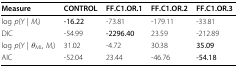
| Measure | CONTROL | FF.C1.OR.1 | FF.C1.OR.2 | FF.C1.OR.3 |
 | --- | --- | --- | --- | --- |
 | log p(Y | Mi) | -16.22 | -73.81 | -179.11 | -33.81 |
 | DIC | -54.99 | -2296.40 | 23.59 | -212.89 |
 | log p(Y | θML, Mi) | 31.02 | -4.72 | 30.38 | 35.09 |
 | AIC | -52.04 | 23.44 | -46.76 | -54.18 |